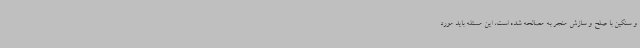
و سنگین با صلح و سازش منجر به مصالحه شده است، این مسئله باید مورد